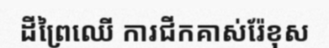
ដីព្រៃឈើ ការជីកគាស់រ៉ែខុស